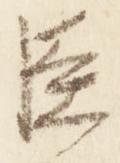
臣